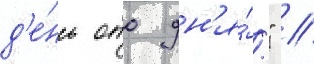
д'е́нь ото дн'я́." //